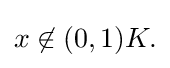
{\textstyle x\not \in (0,1)K.}